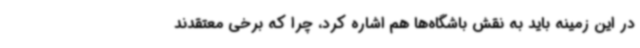
در این زمینه باید به نقش باشگاه‌ها هم اشاره کرد، چرا که برخی معتقدند